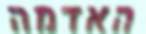
האדמה